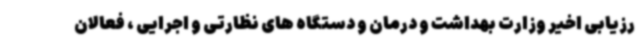
رزیابی اخیر وزارت بهداشت و درمان و دستگاه های نظارتی و اجرایی ، فعالان